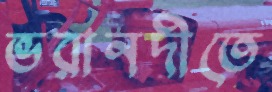
ভরানদীতে